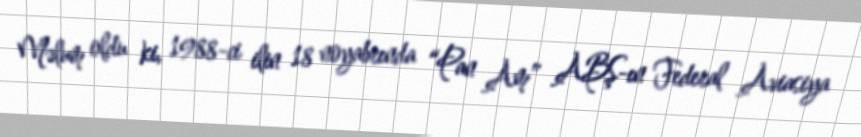
Məlum oldu ki, 1988-ci ilin 18 noyabrında “Pan Am” ABŞ-ın Federal Aviasiya